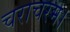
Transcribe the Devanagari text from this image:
चराचरम।